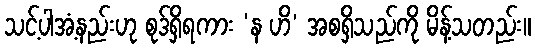
သင့်ပါအံ့နည်းဟု စုဒ်ရှိရကား ‘န ဟိ’ အစရှိသည်ကို မိန့်သတည်း။